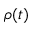
\rho ( t )